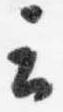
云